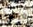
ويعلم